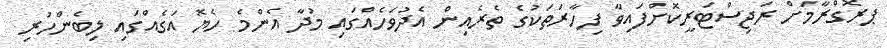
ޕރޮގްރާމަށް ރަޖިސްޓަރީކޮށްފައިވާ ފިހާރަތަކުގެ ތެރެއިން އެދުވަހެއްގައި މުދާ އެންމެ ހެޔޮ އަގެއްގައި ލިބެންހުރި